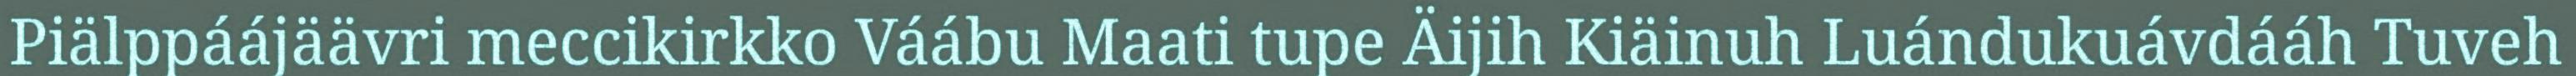
Piälppáájäävri meccikirkko Váábu Maati tupe Äijih Kiäinuh Luándukuávdááh Tuveh